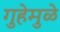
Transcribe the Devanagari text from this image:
गुहेमुळे